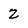
Character: 2